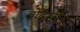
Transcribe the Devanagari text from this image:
वोदर्स्पून